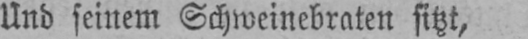
Und seinem Schweinebraten sitzt,